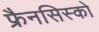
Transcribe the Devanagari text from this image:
फ्रैनसिस्को